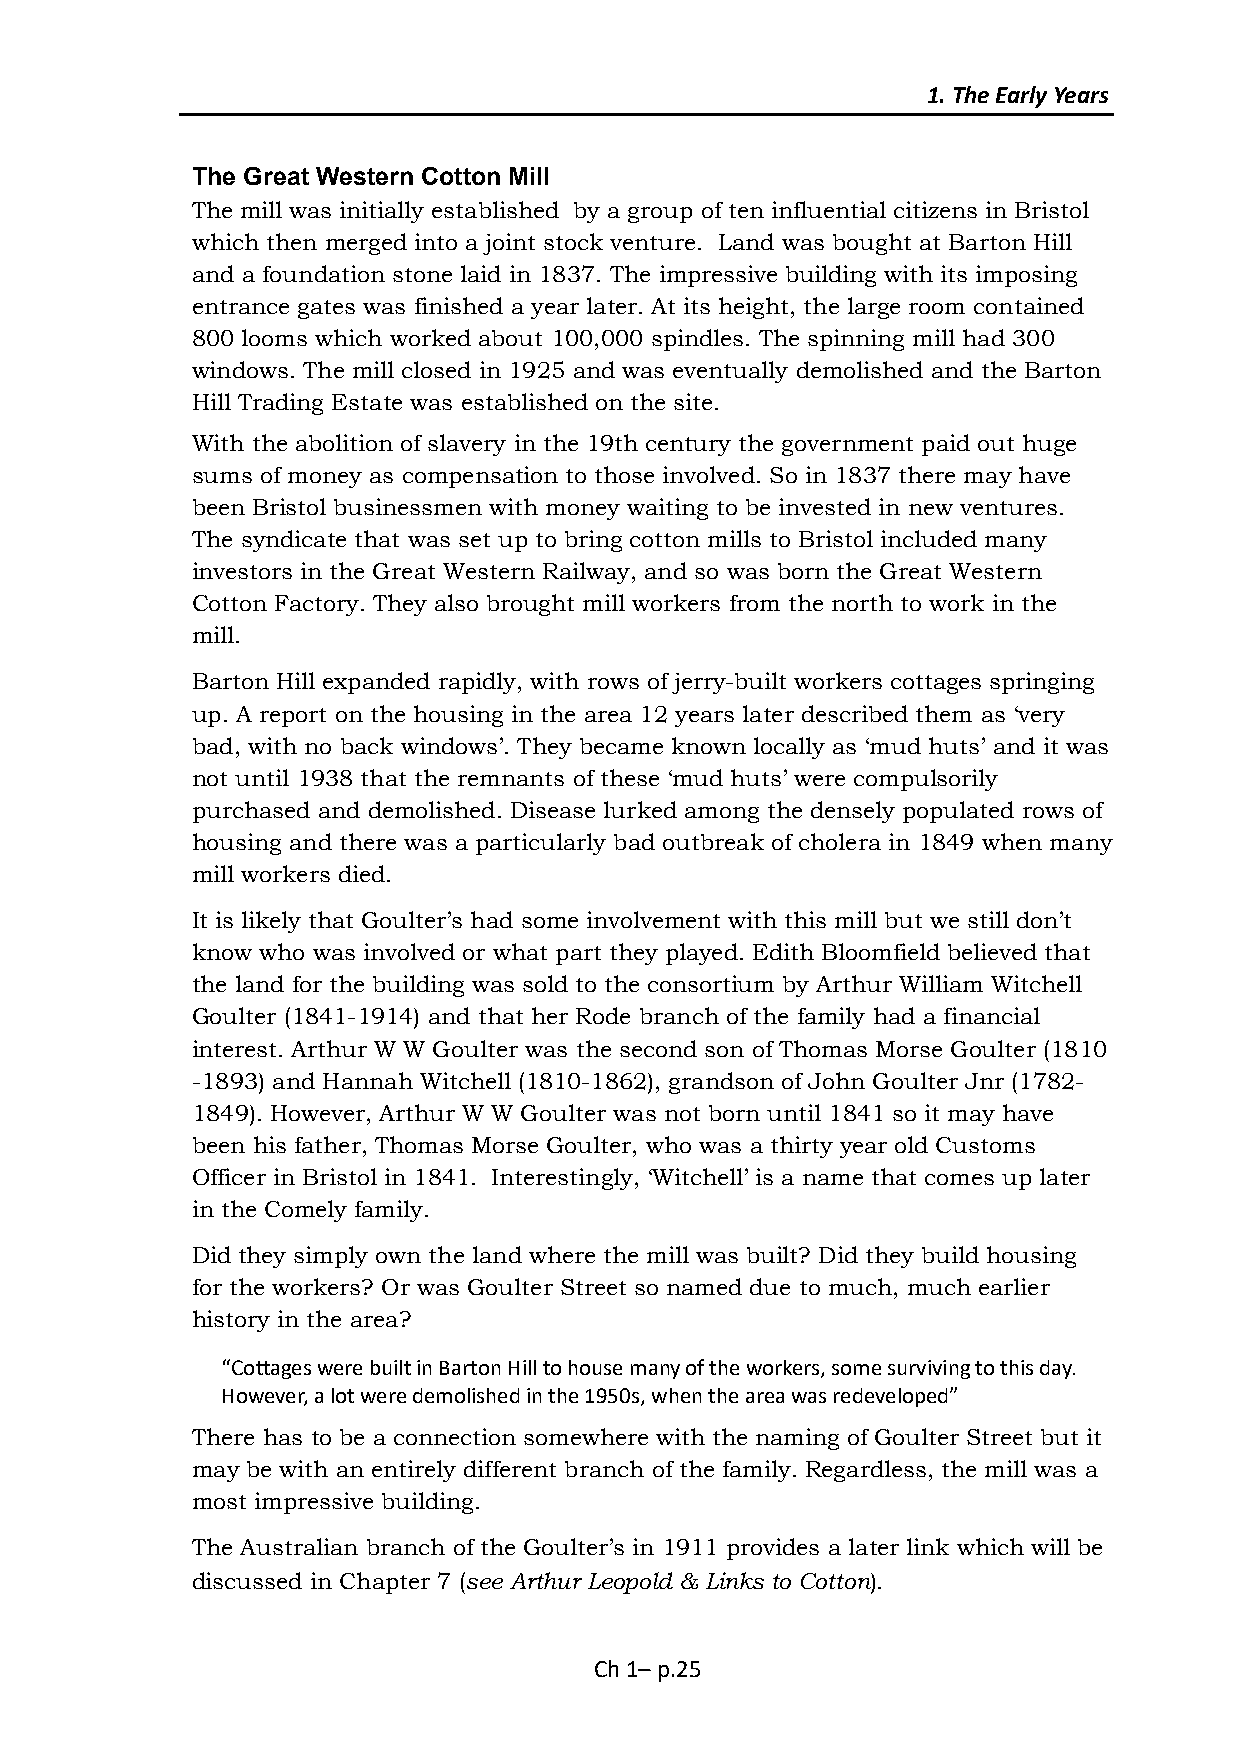
1. The Early Years
 The Great Western Cotton Mill
 The mill was initially established by a group of ten influential citizens in Bristol
 which then merged into a joint stock venture. Land was bought at Barton Hill
 and a foundation stone laid in 1837. The impressive building with its imposing
 entrance gates was finished a year later. At its height, the large room contained
 800 looms which worked about 100,000 spindles. The spinning mill had 300
 windows. The mill closed in 1925 and was eventually demolished and the Barton
 Hill Trading Estate was established on the site.
 With the abolition of slavery in the 19th century the government paid out huge
 sums of money as compensation to those involved. So in 1837 there may have
 been Bristol businessmen with money waiting to be invested in new ventures.
 The syndicate that was set up to bring cotton mills to Bristol included many
 investors in the Great Western Railway, and so was born the Great Western
 Cotton Factory. They also brought mill workers from the north to work in the
 mill.
 Barton Hill expanded rapidly, with rows of jerry-built workers cottages springing
 up. A report on the housing in the area 12 years later described them as ‘very
 bad, with no back windows’. They became known locally as ‘mud huts’ and it was
 not until 1938 that the remnants of these ‘mud huts’ were compulsorily
 purchased and demolished. Disease lurked among the densely populated rows of
 housing and there was a particularly bad outbreak of cholera in 1849 when many
 mill workers died.
 It is likely that Goulter’s had some involvement with this mill but we still don’t
 know who was involved or what part they played. Edith Bloomfield believed that
 the land for the building was sold to the consortium by Arthur William Witchell
 Goulter (1841-1914) and that her Rode branch of the family had a financial
 interest. Arthur W W Goulter was the second son of Thomas Morse Goulter (1810
 -1893) and Hannah Witchell (1810-1862), grandson of John Goulter Jnr (1782-
 1849). However, Arthur W W Goulter was not born until 1841 so it may have
 been his father, Thomas Morse Goulter, who was a thirty year old Customs
 Officer in Bristol in 1841. Interestingly, ‘Witchell’ is a name that comes up later
 in the Comely family.
 Did they simply own the land where the mill was built? Did they build housing
 for the workers? Or was Goulter Street so named due to much, much earlier
 history in the area?
 “Cottages were built in Barton Hill to house many of the workers, some surviving to this day.
 However, a lot were demolished in the 1950s, when the area was redeveloped”
 There has to be a connection somewhere with the naming of Goulter Street but it
 may be with an entirely different branch of the family. Regardless, the mill was a
 most impressive building.
 The Australian branch of the Goulter’s in 1911 provides a later link which will be
 discussed in Chapter 7 (see Arthur Leopold & Links to Cotton).
 Ch 1– p.25